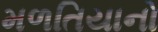
મળતિયાનો